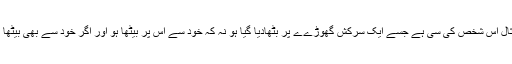
نہج البلاغہ کے مطابق اس کی مثال اس شخص کی سی ہے جسے ایک سرکش گھوڑےے پر بٹھادیا گیا ہو نہ کہ خود سے اس پر بیٹھا ہو اور اگر خود سے بھی بیٹھا ہوا تو اسے گھڑسواری نہیں آتی ۔